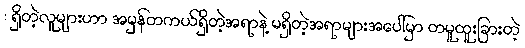
: ရှိတဲ့လူများဟာ အမှန်တကယ်ရှိတဲ့အရာနဲ့ မရှိတဲ့အရာများအပေါ်မှာ တမူထူးခြားတဲ့